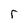
Character: r